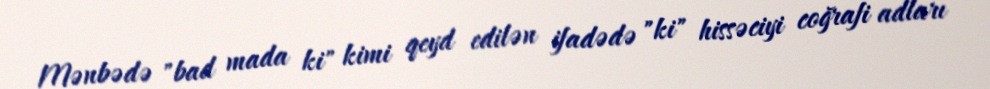
Mənbədə "bad mada ki" kimi qeyd edilən ifadədə "ki" hissəciyi coğrafi adları